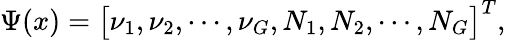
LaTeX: \Psi(x)=\bigl[\nu_{1},\nu_{2},\cdots,\nu_{G},N_{1},N_{2},\cdots,N_{G}\bigr]^{T},